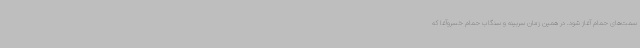
سمت‌های حمام آغاز شود. در همین زمان سربینه و سنگاب حمام خسروآغا که